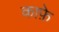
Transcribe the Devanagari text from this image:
काफ़े